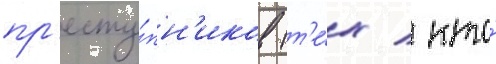
пр'есту́пн'иков (т'е́х / кто́